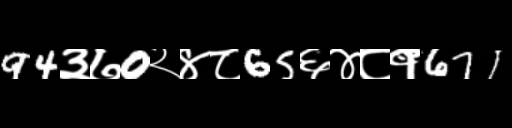
Text: 94३७0२४८65६४८१671